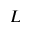
\cal { L }